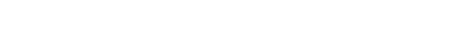
(၃) မိမိ၏ မကောင်းသတင်းကို မေးသော်လည်း မပြောဆိုခြင်း။